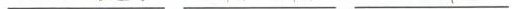
________ _________ _________